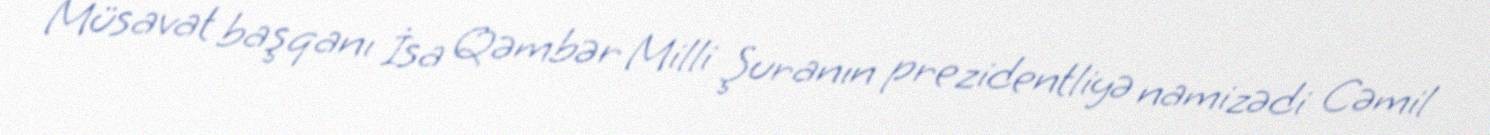
Müsavat başqanı İsa Qəmbər Milli Şuranın prezidentliyə namizədi Cəmil